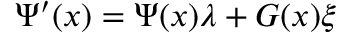
\Psi ^ { \prime } ( x ) = \Psi ( x ) \lambda + G ( x ) \xi